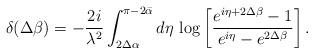
LaTeX: \begin{align*}\delta(\Delta\beta)=-\frac{2i}{\lambda^{2}}\int_{2\Delta\alpha}^{\pi-2\bar{\alpha}}d\eta\,\log\left[\frac{e^{i\eta+2\Delta\beta}-1}{e^{i\eta}-e^{2\Delta\beta}}\right].\end{align*}